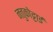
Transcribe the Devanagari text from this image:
नत्तुकोट्टाई